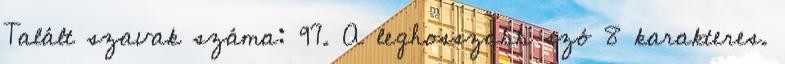
Talált szavak száma: 97. A leghosszabb szó 8 karakteres.